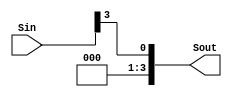
module shift (Sin, Sout);
	input [0:3] Sin ;
	output [0:3] Sout;

	assign Sout = Sin >>> 3;
endmodule